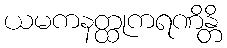
ယမကနတ္ထုကရဏိန္တိ